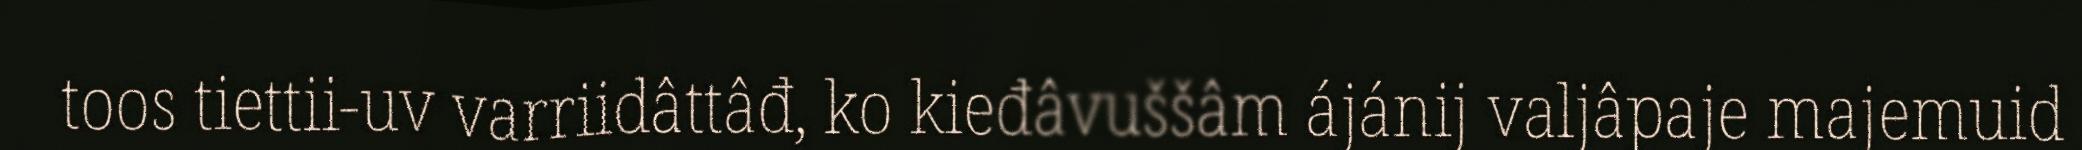
toos tiettii-uv varriidâttâđ, ko kieđâvuššâm ájánij valjâpaje majemuid